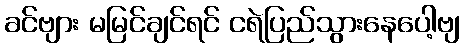
ခင်ဗျား မမြင်ချင်ရင် ငရဲပြည်သွားနေပေါ့ဗျ